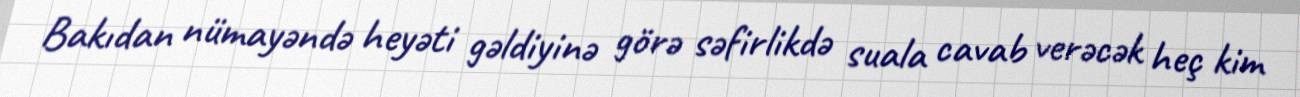
Bakıdan nümayəndə heyəti gəldiyinə görə səfirlikdə suala cavab verəcək heç kim